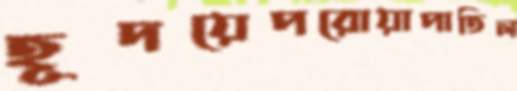
হূদয়েপরোয়াপাতিল